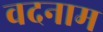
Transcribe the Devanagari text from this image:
वदनाम